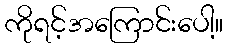
ကိုရင့်အကြောင်းပေါ့။